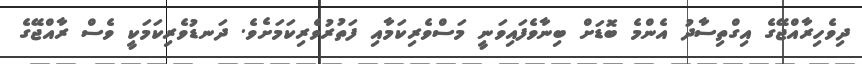
ދިވެހިރާއްޖޭގެ އިގްތިސާދު އެންމެ ބޮޑަށް ބިނާވެފައިވަނީ މަސްވެރިކަމާއި ފަތުރުވެރިކަމަށެވެ. ދަނޑުވެރިކަމަކީ ވެސް ރާއްޖޭގެ